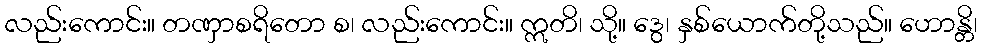
လည်းကောင်း။ တဏှာစရိတော စ၊ လည်းကောင်း။ ဣတိ၊ သို့။ ဒွေ၊ နှစ်ယောက်တို့သည်။ ဟောန္တိ၊